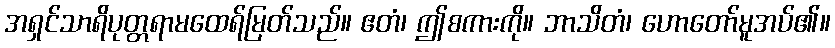
အရှင်သာရိပုတ္တရာမထေရ်မြတ်သည်။ ဧတံ၊ ဤစကားကို။ ဘာသိတံ၊ ဟောတော်မူအပ်၏။